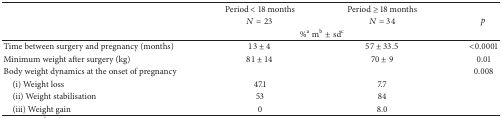
| <ROWSPAN=3>  | Period < 18 months | Period ≥ 18 months | <ROWSPAN=3> p |
 | N = 23 | N = 34 |
 | <COLSPAN=2> %a mb± sdc |
 | --- | --- | --- | --- |
 | Time between surgery and pregnancy (months) | 13 ± 4 | 57 ± 33.5 | <0.0001 |
 | Minimum weight after surgery (kg) | 81 ± 14 | 70 ± 9 | 0.01 |
 | Body weight dynamics at the onset of pregnancy |  |  | 0.008 |
 | (i) Weight loss | 47.1 | 7.7 |  |
 | (ii) Weight stabilisation | 53 | 84 |  |
 | (iii) Weight gain | 0 | 8.0 |  |